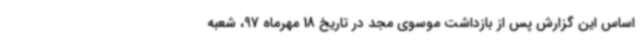
اساس این گزارش پس از بازداشت موسوی مجد در تاریخ 18 مهرماه 97، شعبه